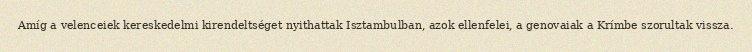
Amíg a velenceiek kereskedelmi kirendeltséget nyithattak Isztambulban, azok ellenfelei, a genovaiak a Krímbe szorultak vissza.